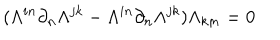
( \Lambda ^ { i n } \partial _ { n } \Lambda ^ { j k } - \Lambda ^ { i n } \partial _ { n } \Lambda ^ { j k } ) \Lambda _ { k m } = 0